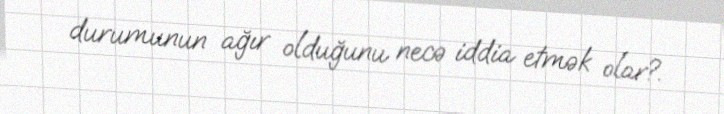
durumunun ağır olduğunu necə iddia etmək olar?.